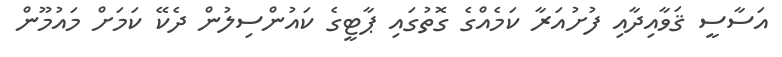
އަސާސީ ޤަވާއިދާއި ފުށުއަރާ ކަމެއްގެ ގޮތުގައި ޕާޓީގެ ކައުންސިލުން ދެކޭ ކަމަށް މައުމޫން